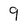
Character: 9